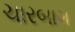
ચારબાગ